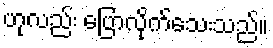
ဟုလည်း ပြောလိုက်သေးသည်။